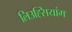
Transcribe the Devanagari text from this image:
लिउह्सियांग